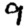
Digit: 9